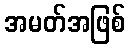
အမတ်အဖြစ်